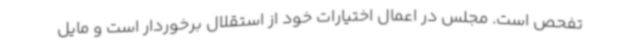
تفحص است. مجلس در اعمال اختیارات خود از استقلال برخوردار است و مایل